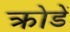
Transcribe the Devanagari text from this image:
क्रोडें